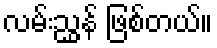
လမ်းညွှန် ဖြစ်တယ်။